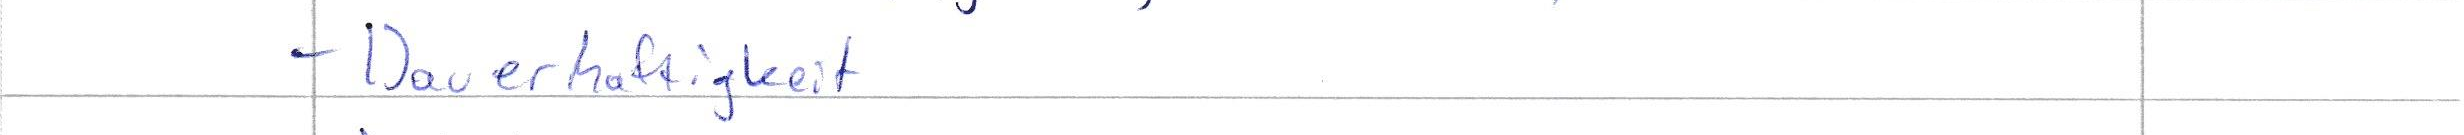
- Dauerhaftigkeit